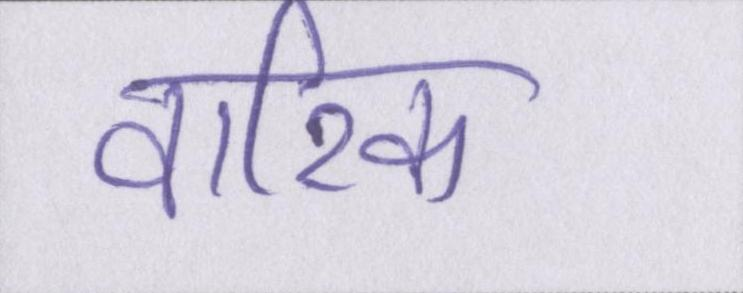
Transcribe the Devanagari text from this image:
वारिक